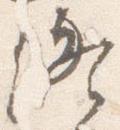
終